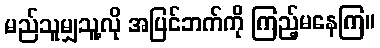
မည်သူမျှသူ့လို အပြင်ဘက်ကို ကြည့်မနေကြ။